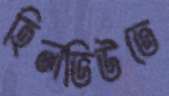
হিলভিউতে